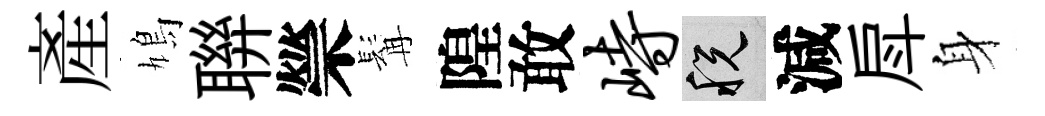
産鳩聨禜髯隍敢峙税減戽身